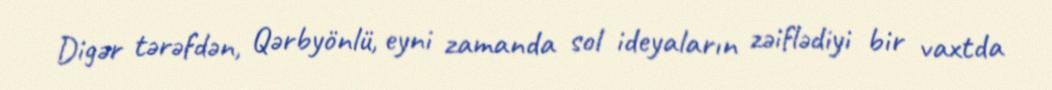
Digər tərəfdən, Qərbyönlü, eyni zamanda sol ideyaların zəiflədiyi bir vaxtda